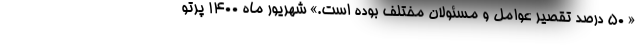
« ۵۰ درصد تقصیر عوامل و مسئولان مختلف بوده است.» شهریور ماه ۱۴۰۰ پرتو